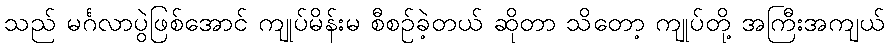
သည် မင်္ဂလာပွဲဖြစ်အောင် ကျုပ်မိန်းမ စီစဉ်ခဲ့တယ် ဆိုတာ သိတော့ ကျုပ်တို့ အကြီးအကျယ်